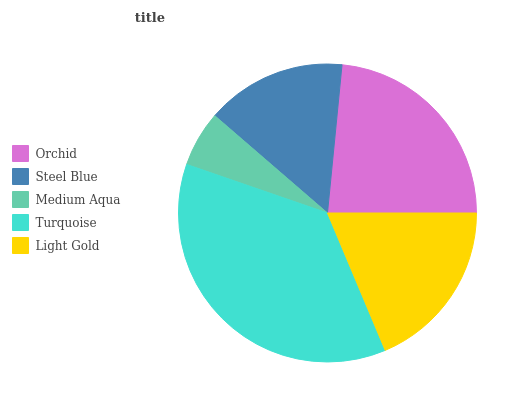
| Orchid | Steel Blue | Medium Aqua | Turquoise | Light Gold |
 | --- | --- | --- | --- | --- |
 | 23.4% | 15.2% | 6.05% | 36.6% | 18.6% |